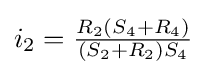
i_{2}={\tfrac {R_{2}(S_{4}+R_{4})}{(S_{2}+R_{2})S_{4}}}